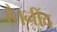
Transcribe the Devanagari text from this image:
है।नींद